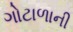
ગોટાળાની